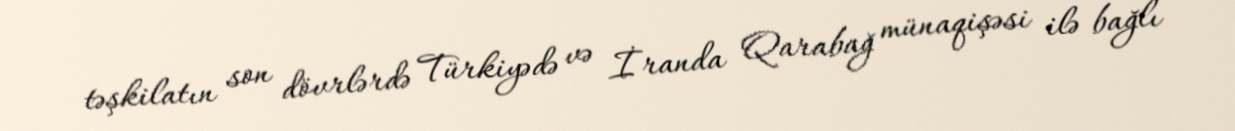
təşkilatın son dövrlərdə Türkiyədə və İranda Qarabağ münaqişəsi ilə bağlı